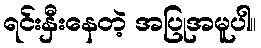
ရင်းနှီးနေတဲ့ အပြုအမူပါ။